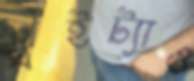
ঘইট্যাও